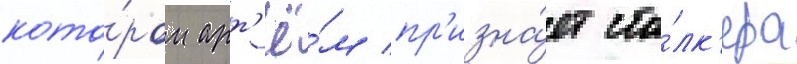
кото́ром арт'ё́м пр'изна́ет ста́лк'ера